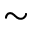
\sim